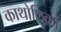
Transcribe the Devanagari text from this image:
काथोलिकों